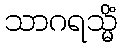
သာဂရသ္မိံ